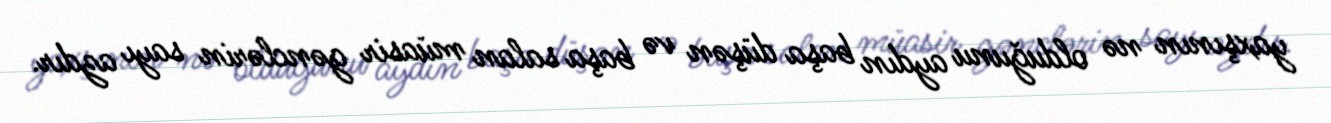
yaxşının nə olduğunu aydın başa düşən və başa salan müasir gənclərin sayı azdır.